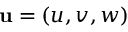
\mathbf { u } = ( u , v , w )